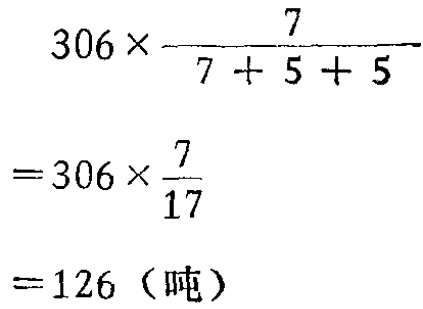
\[

\begin{align*}

&306\times\frac{7}{7 + 5 + 5}\\

=&306\times\frac{7}{17}\\

=&126（吨）

\end{align*}

\]